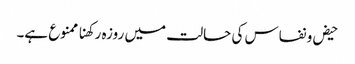
حیض و نفاس کی حالت میں روزہ رکھنا ممنوع ہے۔